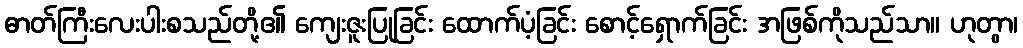
ဓာတ်ကြီးလေးပါးစသည်တို့၏ ကျေးဇူးပြုခြင်း ထောက်ပံ့ခြင်း စောင့်ရှောက်ခြင်း အဖြစ်ကိုသည်သာ။ ဟုတွာ၊